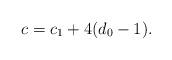
LaTeX: \begin{align*} c = c_1 + 4(d_0-1).\end{align*}